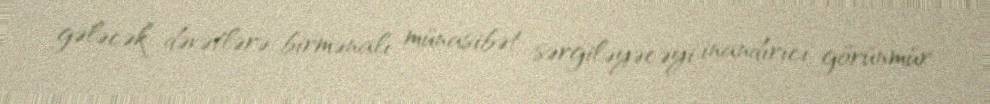
gələcək dəvətlərə birmənalı münasibət sərgiləyəcəyi inandırıcı görünmür.